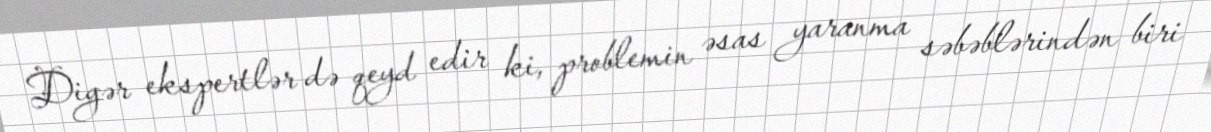
Digər ekspertlər də qeyd edir ki, problemin əsas yaranma səbəblərindən biri